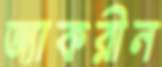
জ্যাকরীন